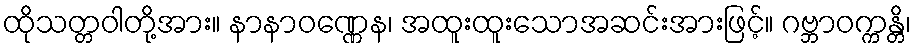
ထိုသတ္တဝါတို့အား။ နာနာဝဏ္ဏေန၊ အထူးထူးသောအဆင်းအားဖြင့်။ ဂဗ္ဘာဝက္ကန္တိ၊